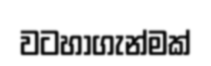
වටහාගැන්මක්